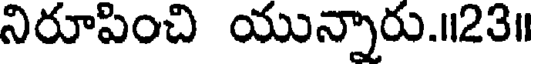
నిరూపించి యున్నారు.॥23॥